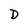
Character: D